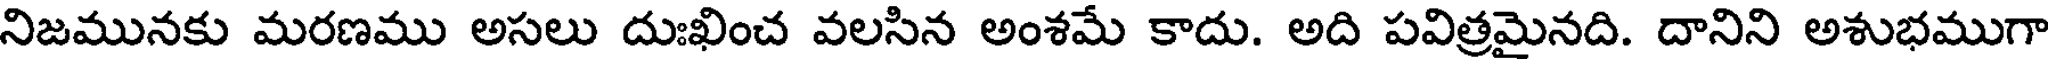
నిజమునకు మరణము అసలు దుఃఖించ వలసిన అంశమే కాదు. అది పవిత్రమైనది. దానిని అశుభముగా